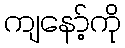
ကျနော့်ကို